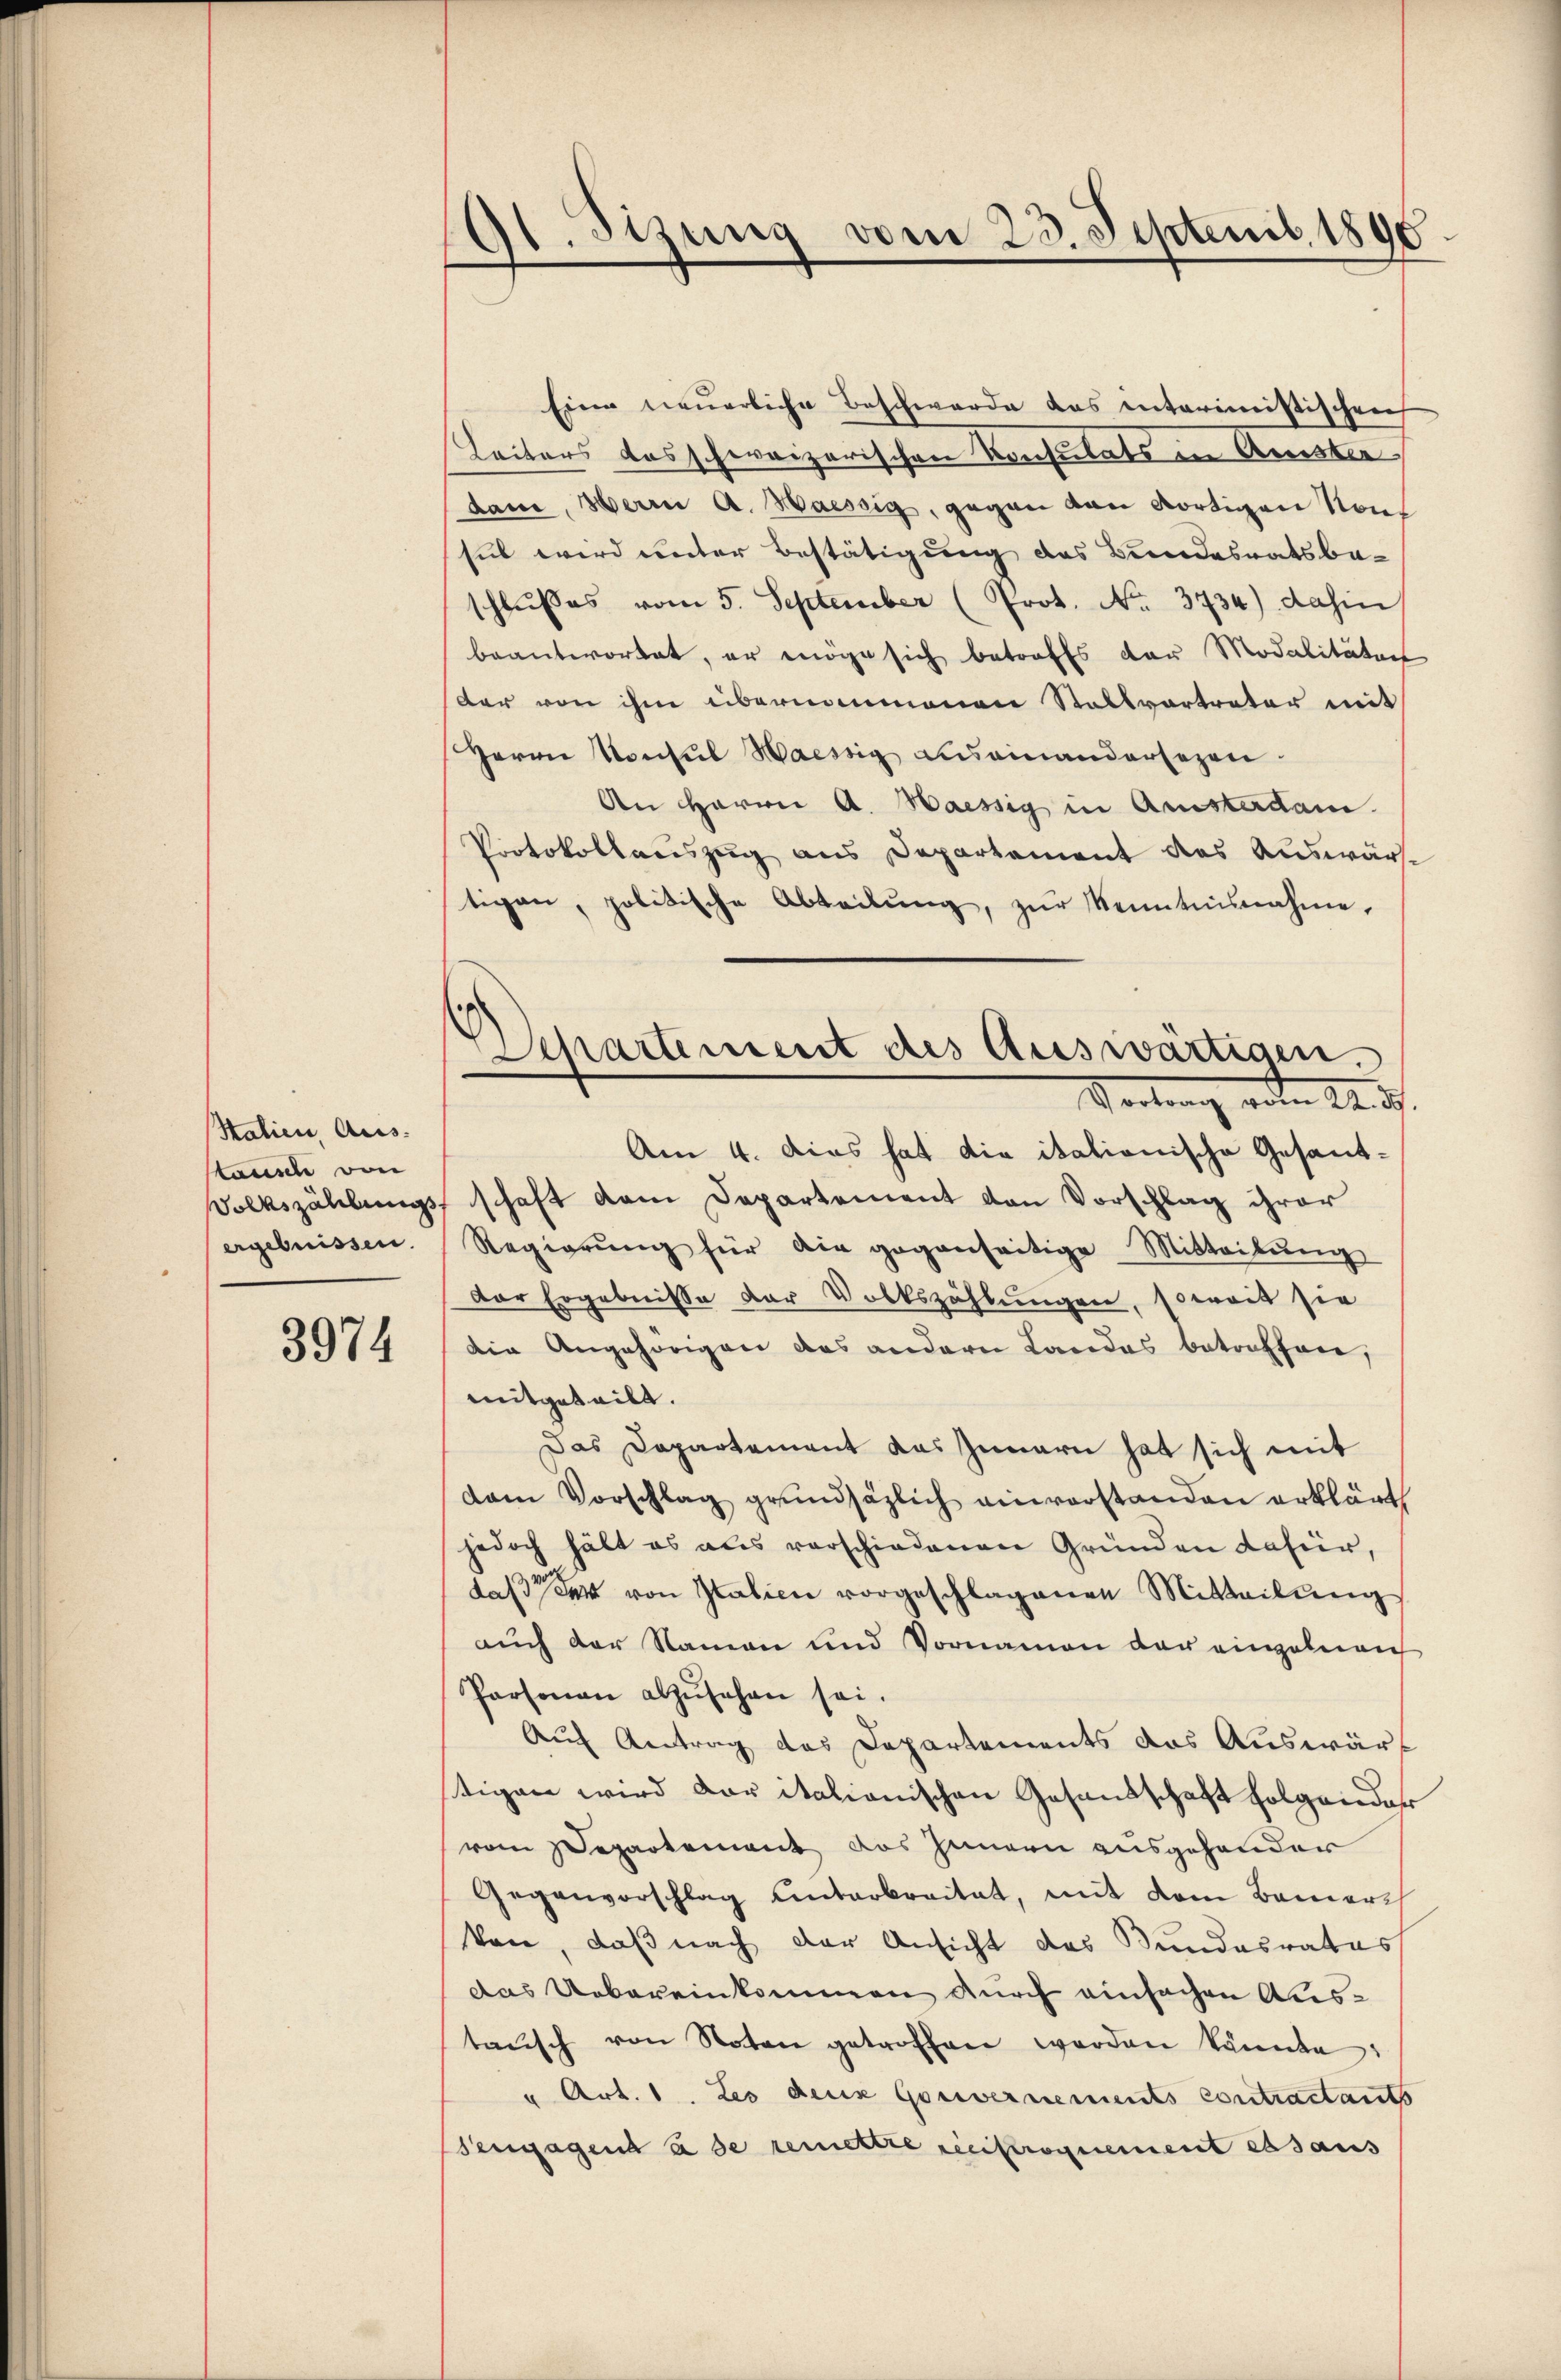
Stalien, Aus-
tausch von
Volkszählungs
ergebnissen.

3974

Itzung vom 23. Septemb. 1896
d
n

Departement des Auswärtigen.
Vertrag oder 24. d.

Eine neuerliche Beschwerde das interimistischen
Leiters das schweizerischen Konsulats in Ausster
dam, Herrn A. Haessig, gegen von dortigen Nonsul wird unter Bestätigung des Bundesratsbe-
schlusses vom 5. September (Prot. No. 3734) dahin
beantwortet, er möge sich betroffs der Modalitäten
der von ihm übernommenen Stallvertreter mit
Herrn Konsul Waessig aneinandersezen.
An Herrn A. Haessig in Amsterdam.
Protokollauszug aus Departement des Auswärte
tigen, politische Abteilŭng, zur Kenntnisnahme,
Am 4. Das hat die italionische Gesandschaft dem Departement den Vorschlag ihrer
Regierŭng für die gegenseitige Mitteilŭng
Der Ergebnisse der Volkszählungen, soweit sie
die Angehörigen des andern Landas betreffene,
mitgeteilt.
Das Dapartement das Innern hat sich mit
dam Vorschlag grundsätzlich einverstanden erklärt
jedoch hält es aus verschiedenen Gründen dafür,
das von Italien vorgeschlagenen Mitteilŭng
auch der Namen und Vornamen der einzelnen
Personau abzŭsehen sei.
Auf Antrag des Departements das Auswärt
tigen wird der italionischen Gesandschaft folgender
vom Departement das Innern ausgehender
Gegenvorschlag unterbreitet, mit dem Bemerc
kan, daß nach der Ansicht des Bundesrates
das Uebereinkommen durch einfachen Austaŭsch von Noten getroffen worden könnte:
" Art. 1. Les deux Gouvernements contractants
Sengagens à de remettre reciproquement essaus